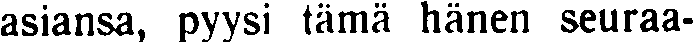
asiansa, pyysi tämä hänen seuraa-